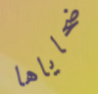
ضحاياها